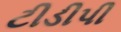
ટીડીપી